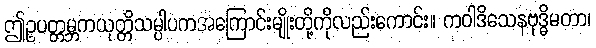
ဤဥပတ္တမ္ဘကယုတ္တိသမ္ပါပကအကြောင်းမျိုးတို့ကိုလည်းကောင်း။ ကဝါဒိသေနဗုဒ္ဓိမတာ၊